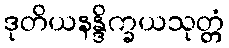
ဒုတိယနန္ဒိက္ခယသုတ္တံ